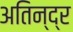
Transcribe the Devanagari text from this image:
अतिन्द्र